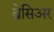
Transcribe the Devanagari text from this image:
ब्रेसिअर